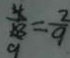
\frac { 4 } { 1 8 } = \frac { 2 } { 9 }